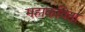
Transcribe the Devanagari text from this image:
महाकविता